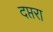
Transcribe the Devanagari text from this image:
दप्तरा